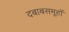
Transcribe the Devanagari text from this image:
दबाबसमूहों